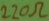
Text: 220Ω